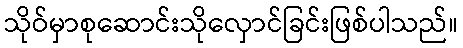
သိုဝ်မှာစုဆောင်းသိုလှောင်ခြင်းဖြစ်ပါသည်။